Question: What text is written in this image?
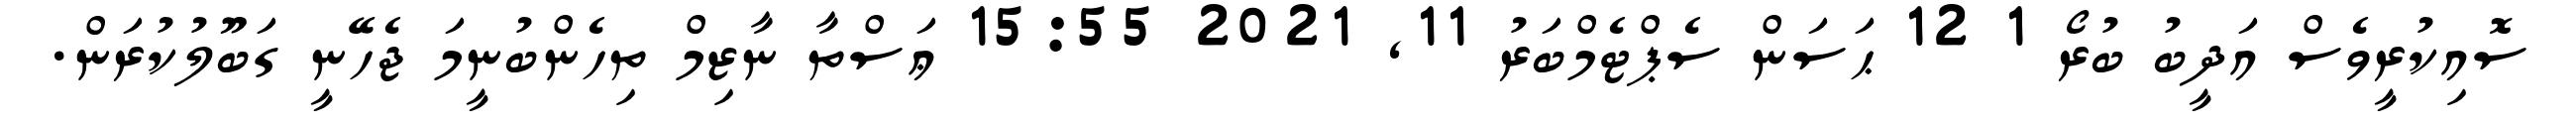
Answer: ސޮއިކުރީވެސް އަދީބު ބުރޯ 1 12 ޙަސަން ސެޕްޓެމްބަރު 11, 2021 15:55 ޢަސްތާ ނާޒިމް ތިހެންބުނީމަ ޖެހޭނީ ގަބޫލުކުރަން.